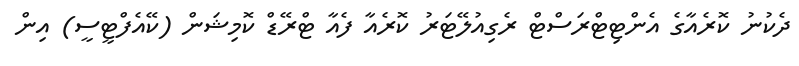
ދެކުނު ކޮރެއާގެ އެންޓިޓްރަސްޓް ރެގިއުލޭޓަރު ކޮރެއާ ފެއާ ޓްރޭޑް ކޮމިޝަން (ކޭއެފްޓީސީ) އިން